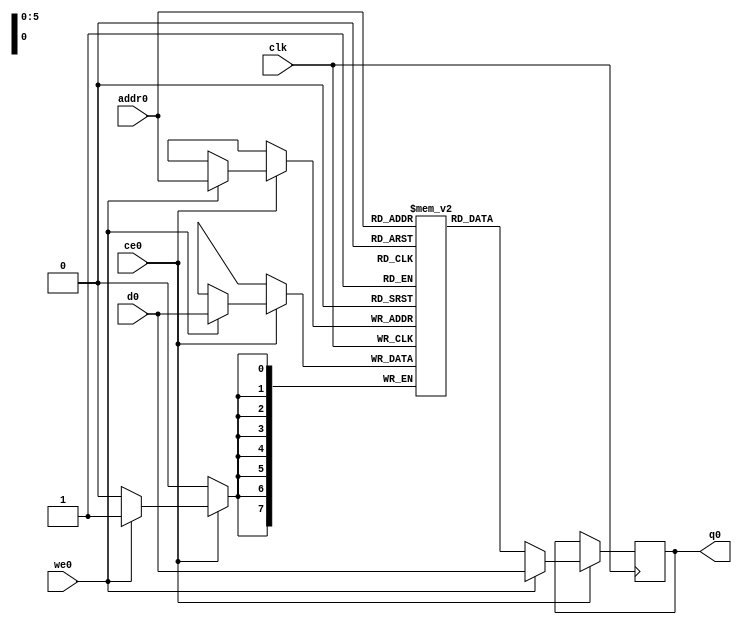
// ==============================================================
// File generated by Vivado(TM) HLS - High-Level Synthesis from C, C++ and SystemC
// Version: 2017.4.op
// Copyright (C) 1986-2018 Xilinx, Inc. All Rights Reserved.
// 
// ==============================================================

`timescale 1 ns / 1 ps
module app_aes_process_0_s_table_0_0_V_ram (addr0, ce0, d0, we0, q0,  clk);

parameter DWIDTH = 8;
parameter AWIDTH = 6;
parameter MEM_SIZE = 64;

input[AWIDTH-1:0] addr0;
input ce0;
input[DWIDTH-1:0] d0;
input we0;
output reg[DWIDTH-1:0] q0;
input clk;

(* ram_style = "distributed" *)reg [DWIDTH-1:0] ram[0:MEM_SIZE-1];




always @(posedge clk)  
begin 
    if (ce0) 
    begin
        if (we0) 
        begin 
            ram[addr0] <= d0; 
            q0 <= d0;
        end 
        else 
            q0 <= ram[addr0];
    end
end


endmodule


`timescale 1 ns / 1 ps
module app_aes_process_0_s_table_0_0_V(
    reset,
    clk,
    address0,
    ce0,
    we0,
    d0,
    q0);

parameter DataWidth = 32'd8;
parameter AddressRange = 32'd64;
parameter AddressWidth = 32'd6;
input reset;
input clk;
input[AddressWidth - 1:0] address0;
input ce0;
input we0;
input[DataWidth - 1:0] d0;
output[DataWidth - 1:0] q0;



app_aes_process_0_s_table_0_0_V_ram app_aes_process_0_s_table_0_0_V_ram_U(
    .clk( clk ),
    .addr0( address0 ),
    .ce0( ce0 ),
    .d0( d0 ),
    .we0( we0 ),
    .q0( q0 ));

endmodule